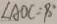
\angle A O C = 9 0 ^ { \circ }